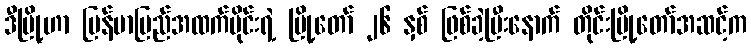
ဒီမြို့ဟာ မြန်မာပြည်အထက်ပိုင်းရဲ့ မြို့တော် ၂၆ နှစ် ဖြစ်ခဲ့ပြီးနောက် တိုင်းမြို့တော်အဆင့်က